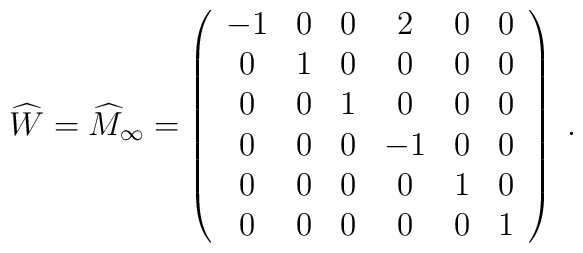
\widehat{W} = {\widehat M}_{\infty}=    \left(  \begin{array}{cccccc}                -1&0&0&2&0&0 \\                0&1&0&0&0&0 \\                0&0&1&0&0&0 \\                0&0&0&-1&0&0 \\                0&0&0&0&1&0 \\                0&0&0&0&0&1                \end{array}     \right) \;.